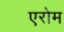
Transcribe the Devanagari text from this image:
एरोम